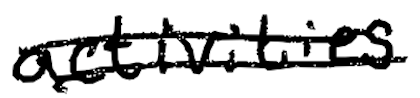
Text: activities
Cross-out: mix
Writing tool: digital_black